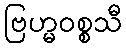
ဗြဟ္မဝစ္စသီ